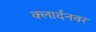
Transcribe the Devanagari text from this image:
क्लार्दनवर